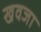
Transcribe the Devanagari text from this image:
खवजा